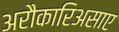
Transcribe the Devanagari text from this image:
अरौकारिअसाए